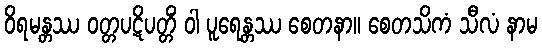
ဝိရမန္တဿ ဝတ္တပဋိပတ္တိံ ဝါ ပူရေန္တဿ စေတနာ။ စေတသိကံ သီလံ နာမ